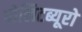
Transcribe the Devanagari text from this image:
पोलिटब्यूरो